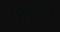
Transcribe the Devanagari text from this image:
पटारियां